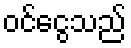
ဝင်ငွေသည်